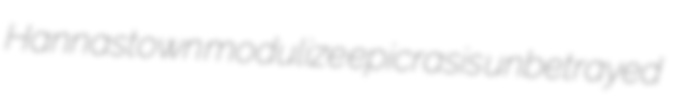
Hannastown modulize epicrasis unbetrayed